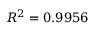
R ^ { 2 } = 0 . 9 9 5 6